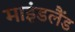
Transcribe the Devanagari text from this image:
माइंडलैंड